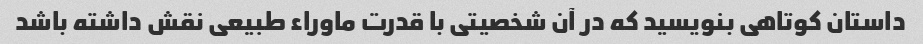
داستان کوتاهی بنویسید که در آن شخصیتی با قدرت ماوراء طبیعی نقش داشته باشد